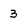
Character: 3